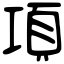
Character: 項